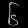
Digit: ၆